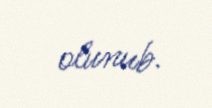
olunub.